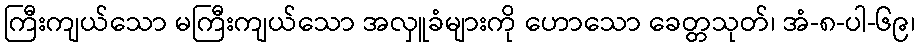
ကြီးကျယ်သော မကြီးကျယ်သော အလှူခံများကို ဟောသော ခေတ္တသုတ်၊ အံ-၈-ပါ-၆၉၊